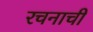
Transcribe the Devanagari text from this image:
रचनाची